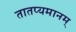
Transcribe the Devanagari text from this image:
तातप्यमानम्